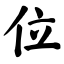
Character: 位